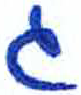
אות: ג